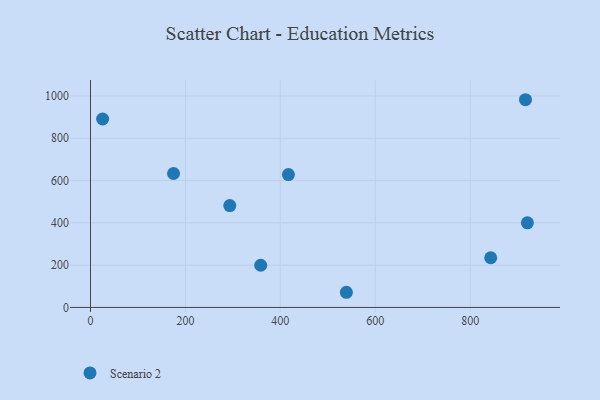
{"axis": {"x": "Speed", "y": "Sales"}, "legend": ["Scenario 2"], "data": [{"x": "358.6", "y": 199.5, "type": "Scenario 2"}, {"x": "417.0", "y": 628.4, "type": "Scenario 2"}, {"x": "916.4", "y": 982.3, "type": "Scenario 2"}, {"x": "175.0", "y": 633.5, "type": "Scenario 2"}, {"x": "843.2", "y": 234.9, "type": "Scenario 2"}, {"x": "293.5", "y": 481.6, "type": "Scenario 2"}, {"x": "539.1", "y": 71.7, "type": "Scenario 2"}, {"x": "25.6", "y": 891.1, "type": "Scenario 2"}, {"x": "920.4", "y": 400.3, "type": "Scenario 2"}]}